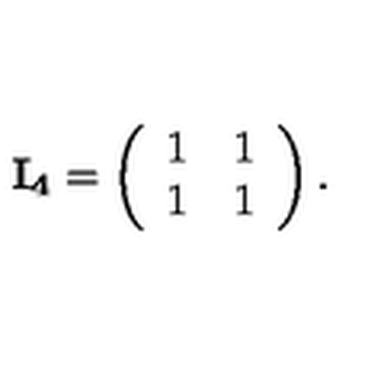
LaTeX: { \bf I _ { 4 } } = \left( \begin{array} { l l } { 1 } & { 1 } \\ { 1 } & { 1 } \\ \end{array} \right) .